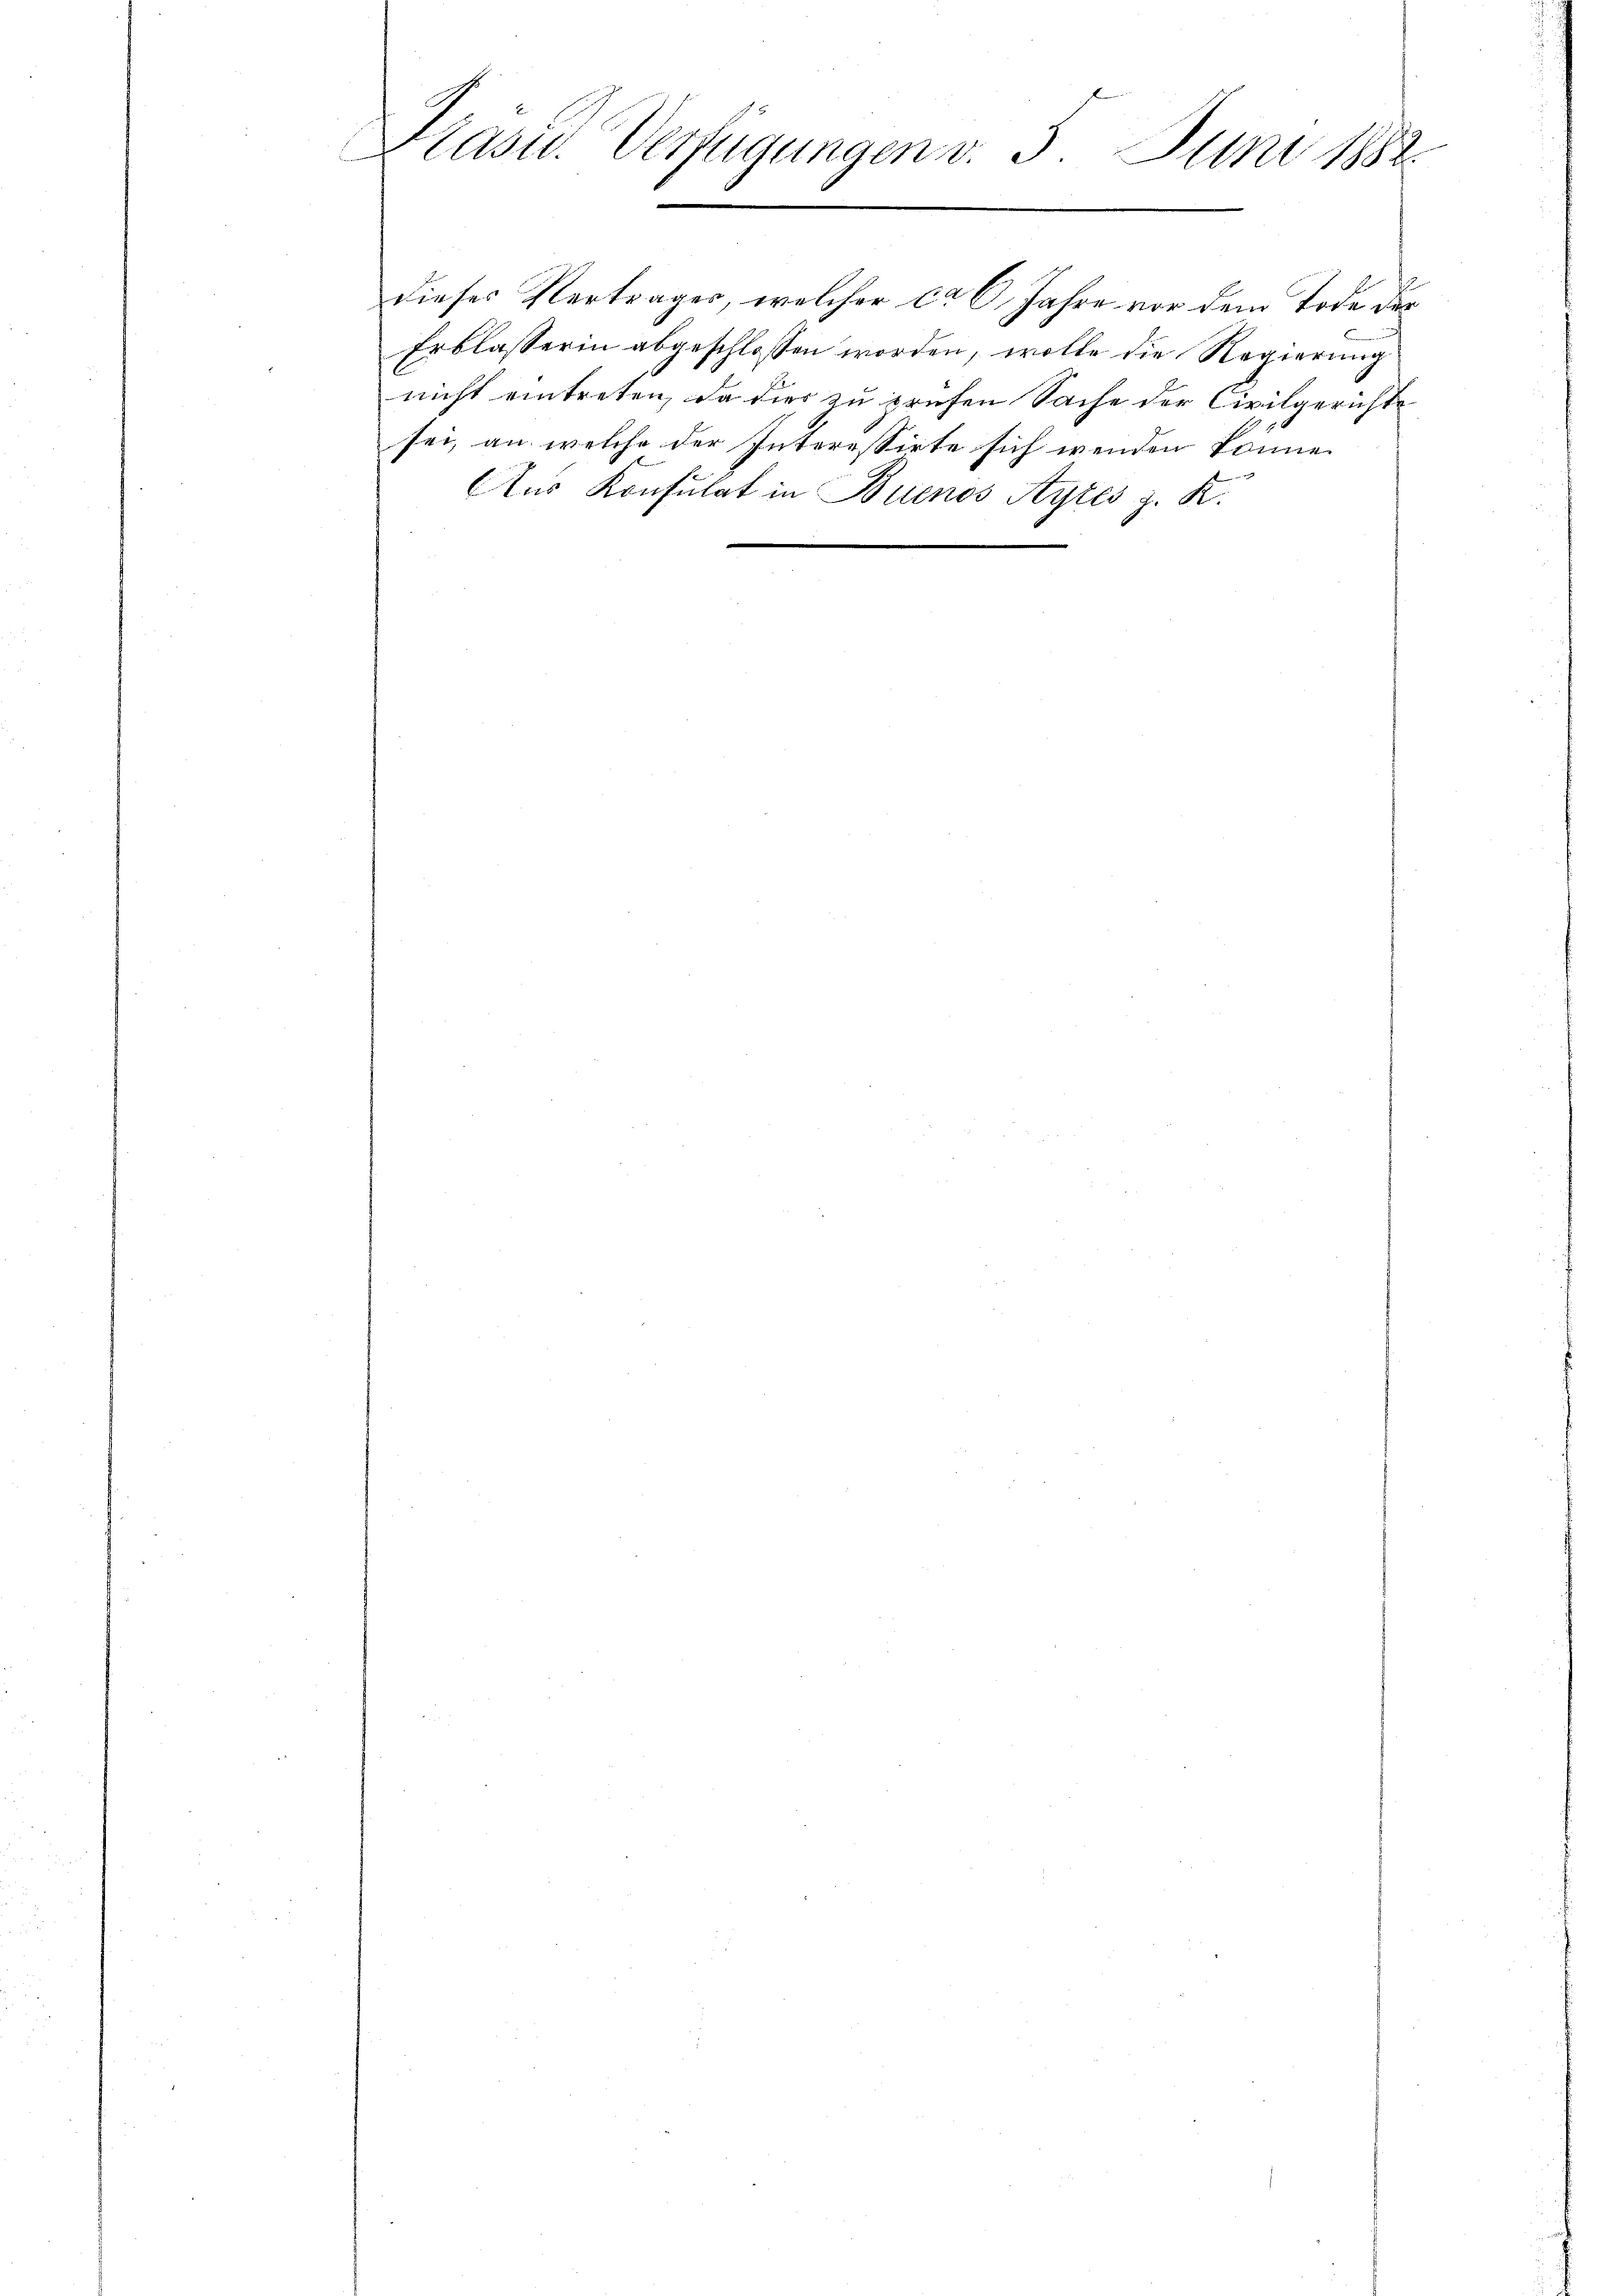
Präsid. Verfügungen v. 5. Juni 1882.
e

dieses Vertrages, welcher ca 6 Jahre vor dem Tode der
Erblasserin abgeschlossen worden, wolle die Regierung
nicht eintreten, da dies zu prüfen Sache der Civilgerichte
sei, an welche der Interessirte sich wenden könne.
Aus Konsulat in Buenos Ayres z. K.